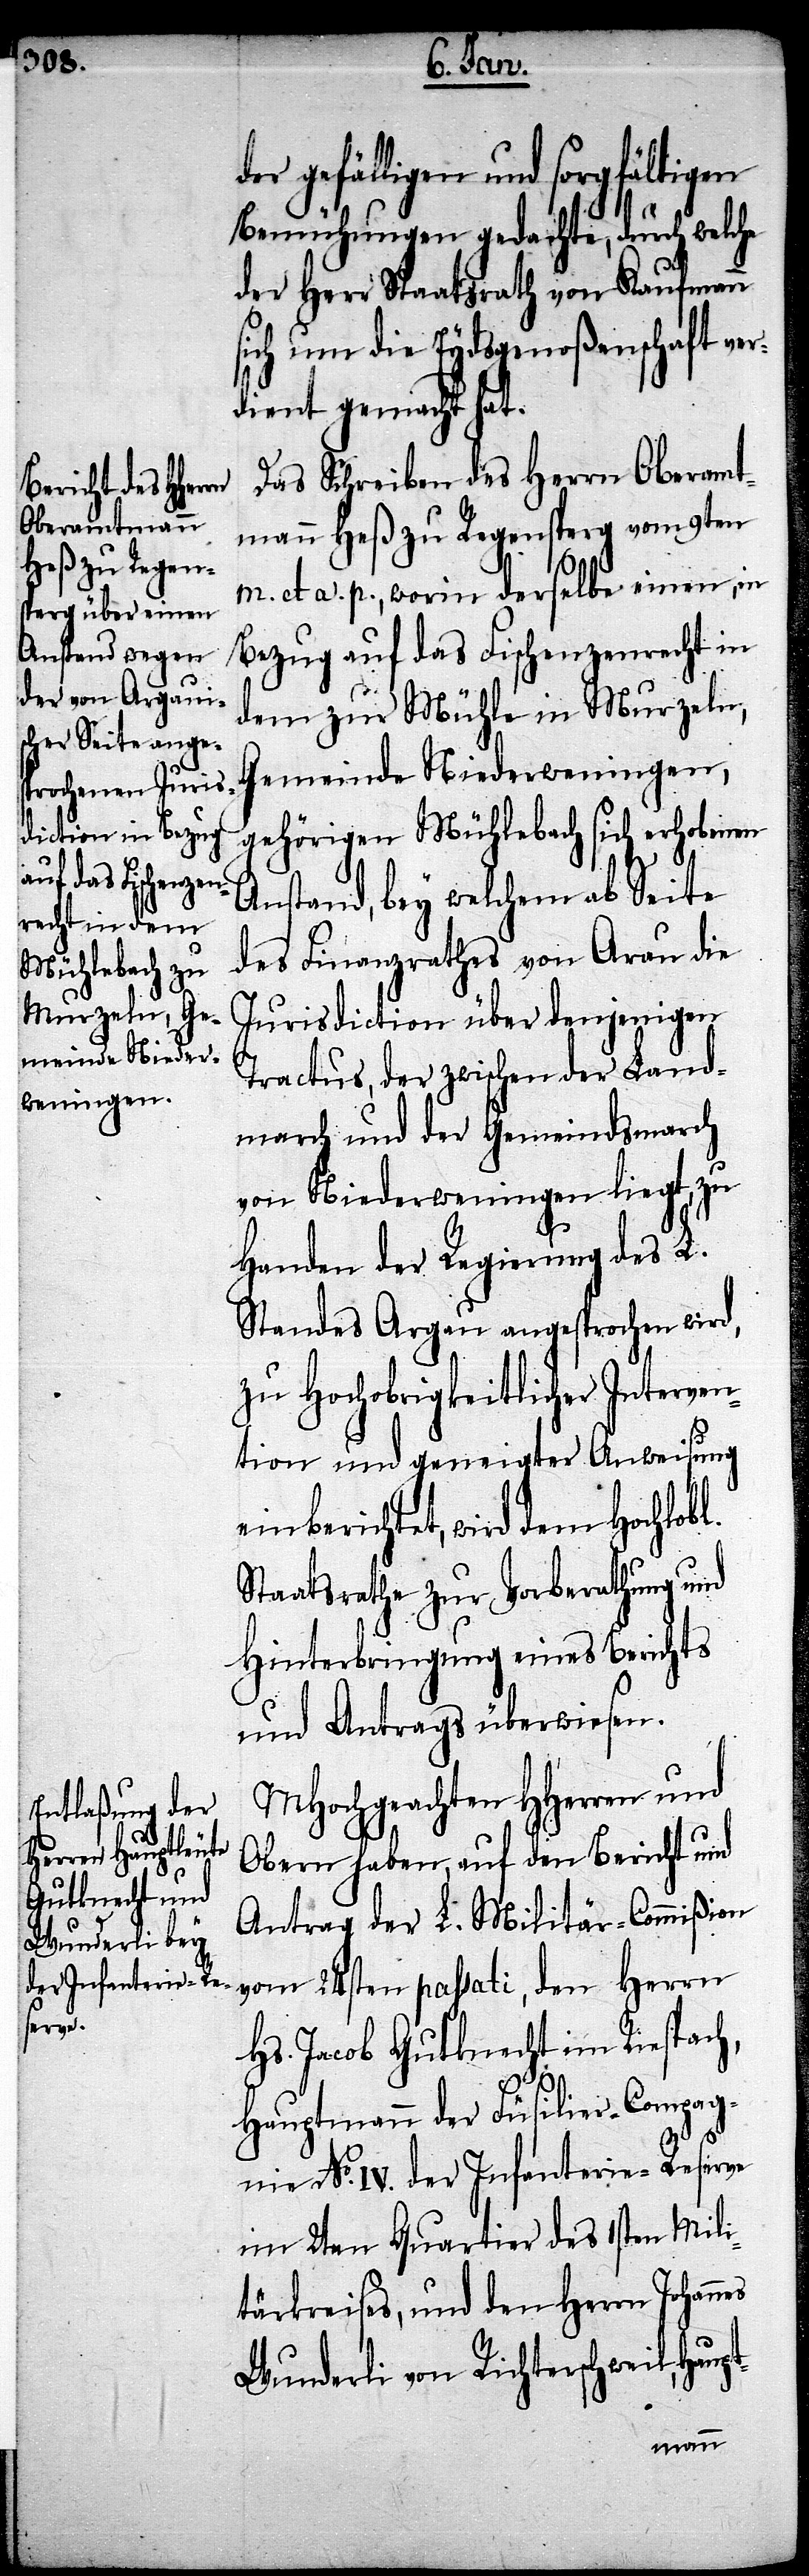
es

der gefälligen und sorgfältigen
Bemühungen gedachte, durch welche
der Herr Staatsrath von Kaufmann
sich um die Eydsgenoßenschaft ver¬
dienst gemacht hat.
Das Schreiben des Herrn Oberamt¬
mann Heß zu Regensperg vom 9ten
pt-
m. et a. p., worin derselbe einen, in
Bezug auf das Fischenzenrecht in
dem zur Mühle in Murzeln,
Gemeinde Niederweningen,
gehörigen Mühlebach sich erhobenen
Anstand, bey welchem ab Seite
des Finanzrathes von Arau die
Jurisdiction über denjenigen
Tractus, der zwischen der Land¬
march und der Gemeindsmarch
von Niederweningen liegt, zu
Handen der Regierung des L.
Standes Argau angesprochen wird,
zu Hochobrigkeitlicher Interven¬
tion und geneigter Anweisung
einberichtet, wird dem Hochlobl.
Staatsrathe zur Vorberathung und
Hinterbringung eines Berichts
und Antrags überwiesen.
Mhochgeachten HHerren und
Obern haben, auf den Bericht und
Antrag der L. Militär-Commißion
von 24sten passati, den Herrn
Hs. Jacob Gutknecht im Riespach,
Hauptmann der Füsilier-Compag¬
nie No. IV. der Infanterie-Reserve
im 2ten Quartier des 1sten Mili¬
tärkreises, und den Herrn Johann¬
Wunderli von Richterschweil, Hau¬